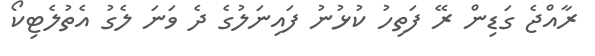
ރާއްޖެ ގަޑިން ރޭ ފަތިހު ކުޅުނު ފައިނަލުގެ ދެ ވަނަ ލެގު އެތުލެޓިކޯ